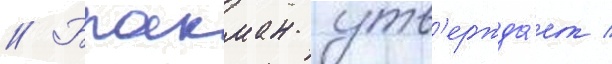
// Бракман утв'ержда́ет /